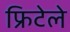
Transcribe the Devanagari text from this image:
फ्रिटेले